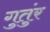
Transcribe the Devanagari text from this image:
गुतुंर